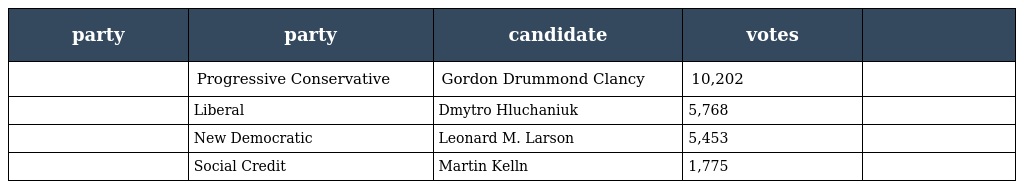
| party | party | candidate | votes |  |
 | --- | --- | --- | --- | --- |
 |  | Progressive Conservative | Gordon Drummond Clancy | 10,202 |  |
 |  | Liberal | Dmytro Hluchaniuk | 5,768 |  |
 |  | New Democratic | Leonard M. Larson | 5,453 |  |
 |  | Social Credit | Martin Kelln | 1,775 |  |